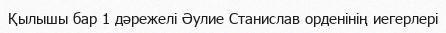
Қылышы бар 1 дәрежелі Әулие Станислав орденінің иегерлері